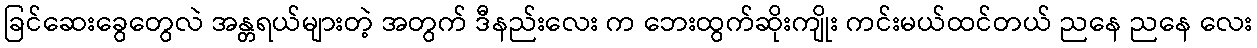
ခြင်ဆေးခွေတွေလဲ အန္တရယ်များတဲ့ အတွက် ဒီနည်းလေး က ဘေးထွက်ဆိုးကျိုး ကင်းမယ်ထင်တယ် ညနေ ညနေ လေး